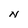
Character: N